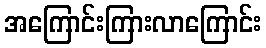
အကြောင်းကြားလာကြောင်း